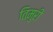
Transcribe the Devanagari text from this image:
तिमुरी